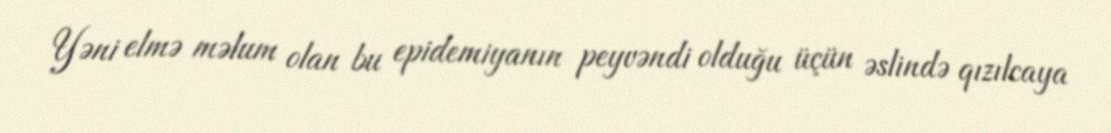
Yəni elmə məlum olan bu epidemiyanın peyvəndi olduğu üçün əslində qızılcaya